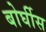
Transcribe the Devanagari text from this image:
बोर्घीस